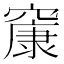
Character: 䆲